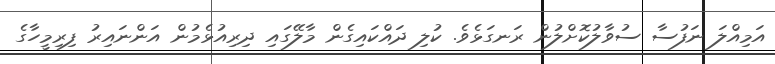
އަމިއްލަ ނަފުސާ ސުވާލުކޮށްލުން ރަނގަޅެވެ. ކުލި ދައްކައިގެން މާލޭގައި ދިރިއުޅެމުން އަންނައިރު ފިރިމީހާގެ